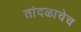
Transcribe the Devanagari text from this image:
तांदळाचेच